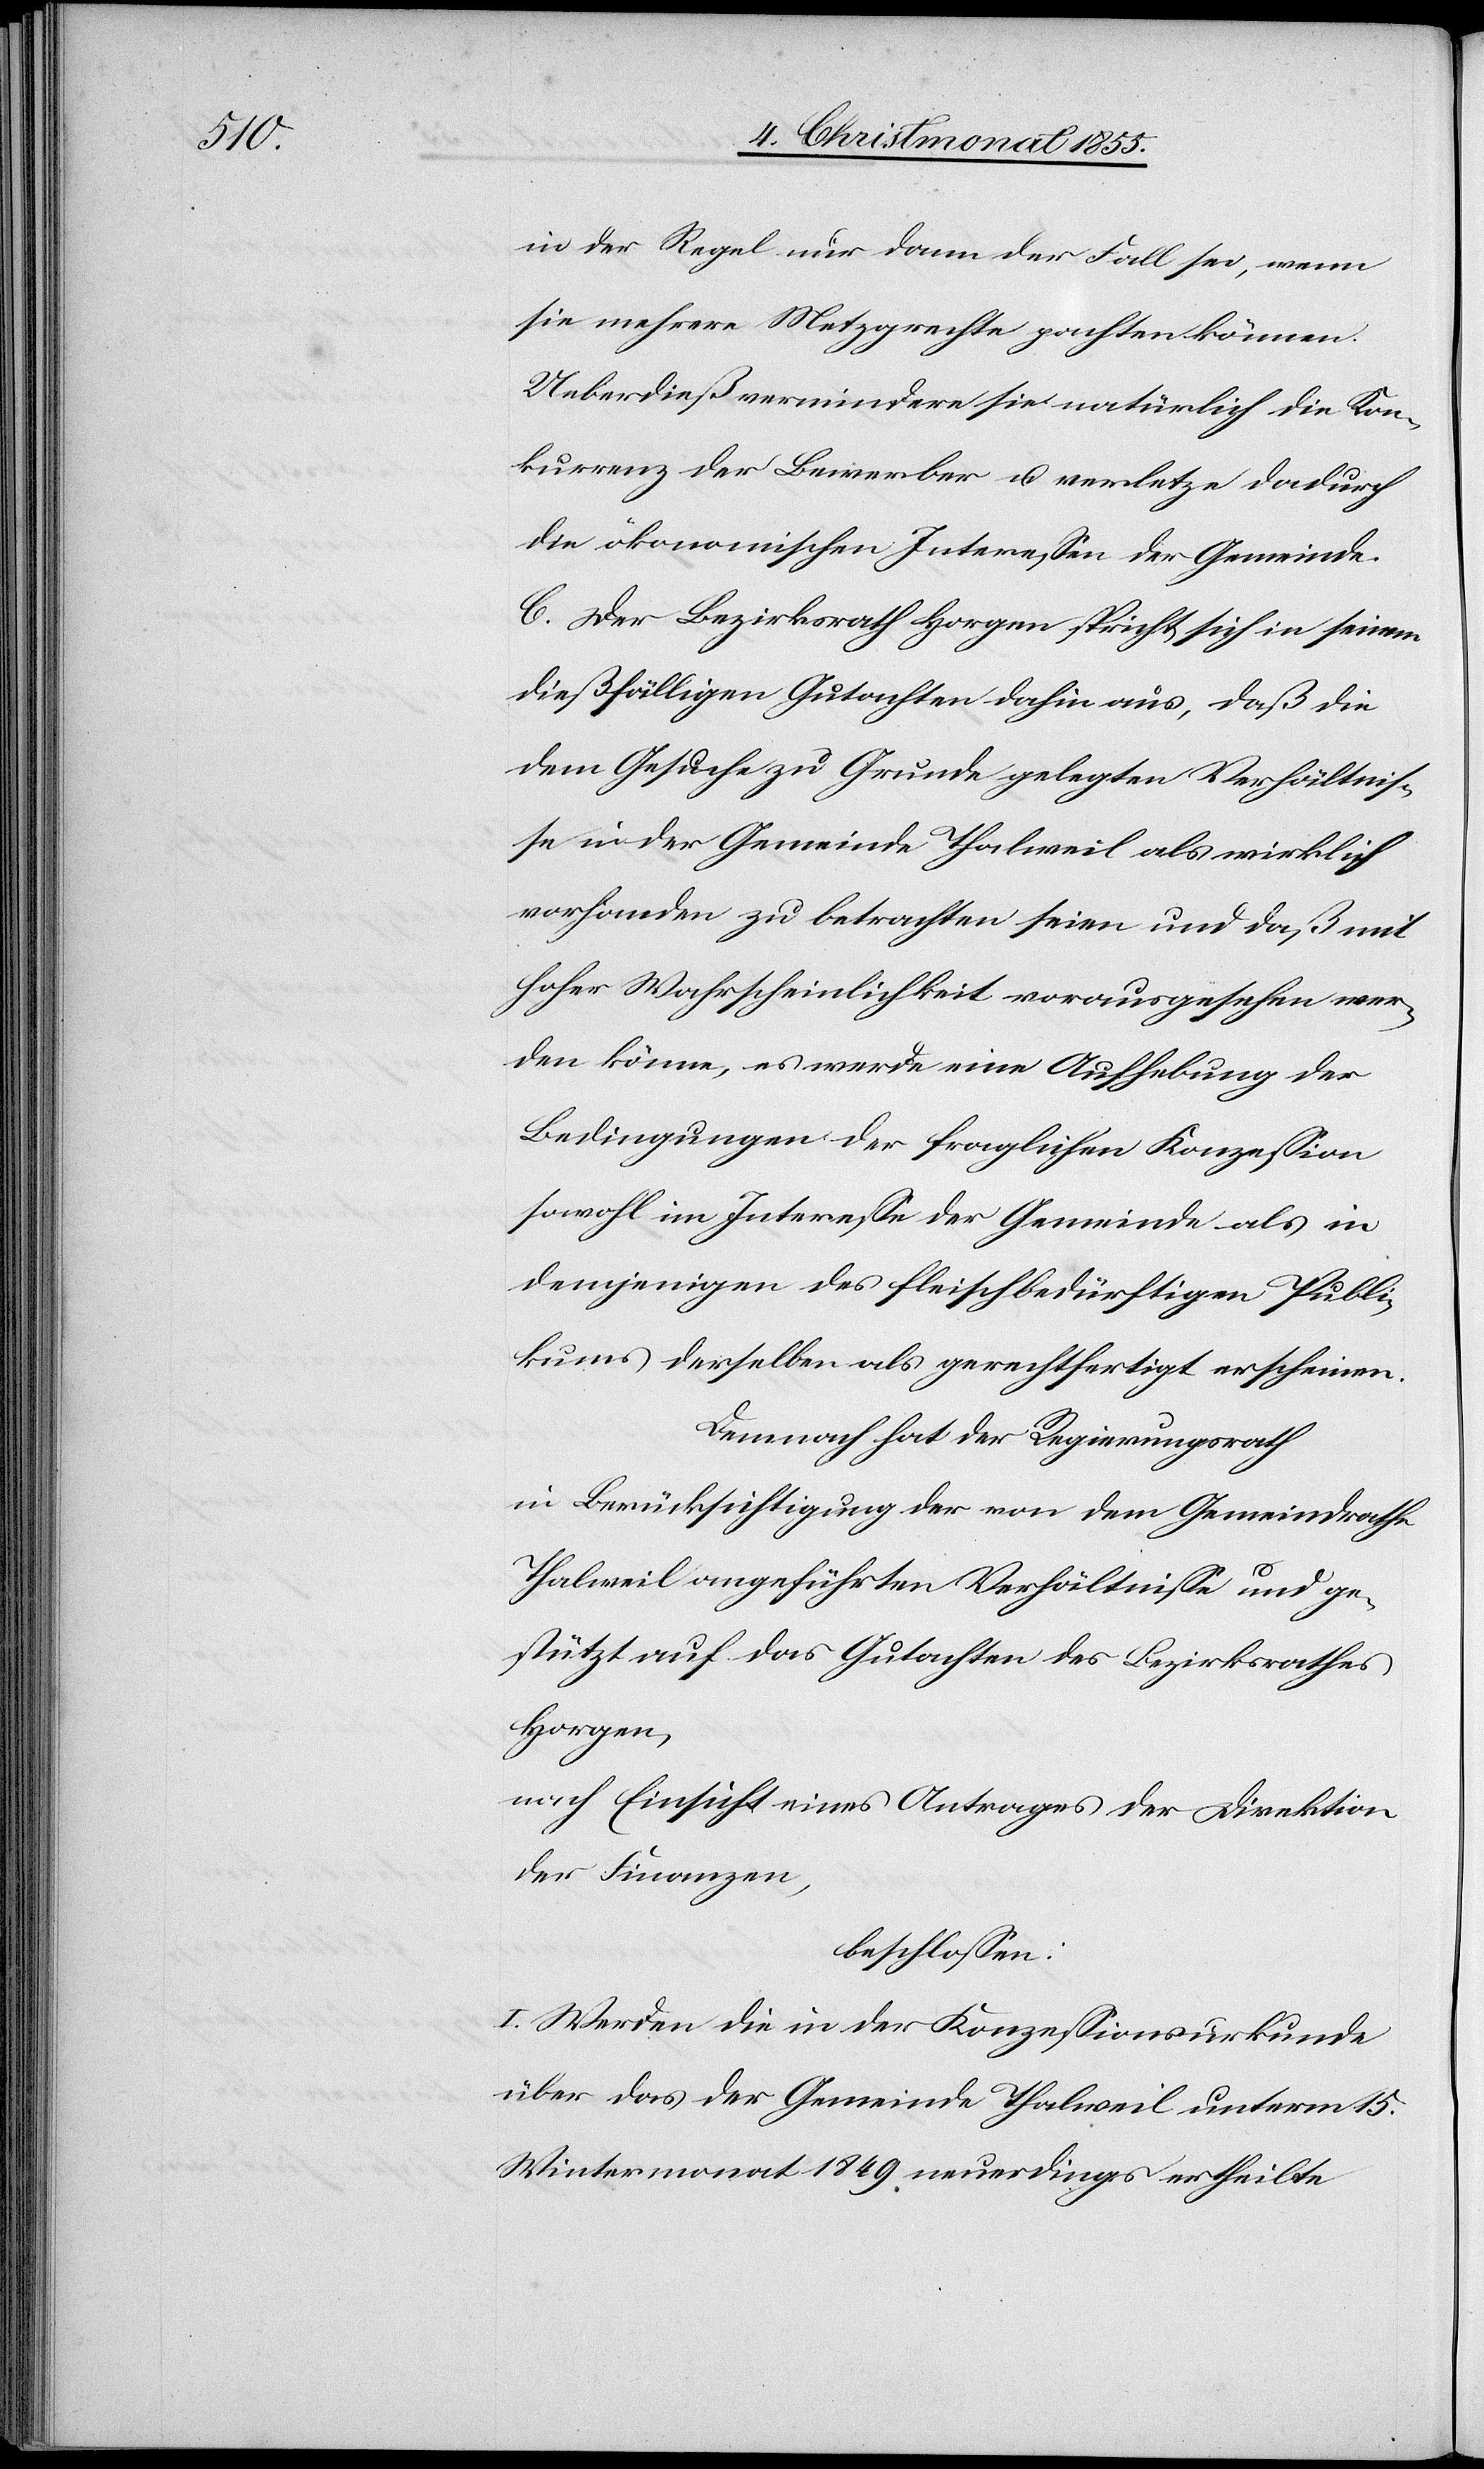
in der Regel nur dann der Fall sei, wenn
sie mehrere Metzgrechte pachten können.
Ueberdieß vermindere sie natürlich die Kon¬
kurrenz der Bewerber u. verletze dadurch
die ökonomischen Interessen der Gemeinde.
C. Der Bezirksrath Horgen spricht sich in seinem
dießfälligen Gutachten dahin aus, daß die
dem Gesuche zu Grunde gelegten Verhältnis¬
se in der Gemeinde Thalweil als wirklich
vorhanden zu betrachten seien und daß mit
hoher Wahrscheinlichkeit vorausgesehen wer¬
den könne, es werde eine Aufhebung der
Bedingungen der fraglichen Konzession
sowohl im Interesse der Gemeinde als in
demjenigen des fleischbedürftigen Publi¬
kums derselben als gerechtfertigt erscheinen.
Demnach hat der Regierungsrath
in Berücksichtigung der von dem Gemeindrathe
Thalweil angeführten Verhältnisse und ge¬
stützt auf das Gutachten des Bezirksrathes
Horgen,
nach Einsicht eines Antrages der Direktion
der Finanzen,
beschlossen:
I. Werden die in der Konzessionsurkunde
über das der Gemeinde Thalweil unterm 15.
Wintermonat 1849 neuerdings ertheilte